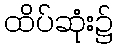
ထိပ်ဆုံး၌